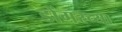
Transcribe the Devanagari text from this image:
डोंगरच्या